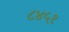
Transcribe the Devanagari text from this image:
८४५१